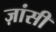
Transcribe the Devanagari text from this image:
ज़ांसी